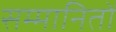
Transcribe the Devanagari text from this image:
सम्मानितों